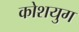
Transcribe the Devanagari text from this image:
कोशयुग